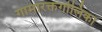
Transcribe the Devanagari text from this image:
गामारक्तगोलिका